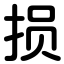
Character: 损